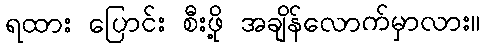
ရထား ပြောင်း စီးဖို့ အချိန်လောက်မှာလား။